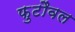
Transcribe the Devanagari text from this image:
फुटौवल